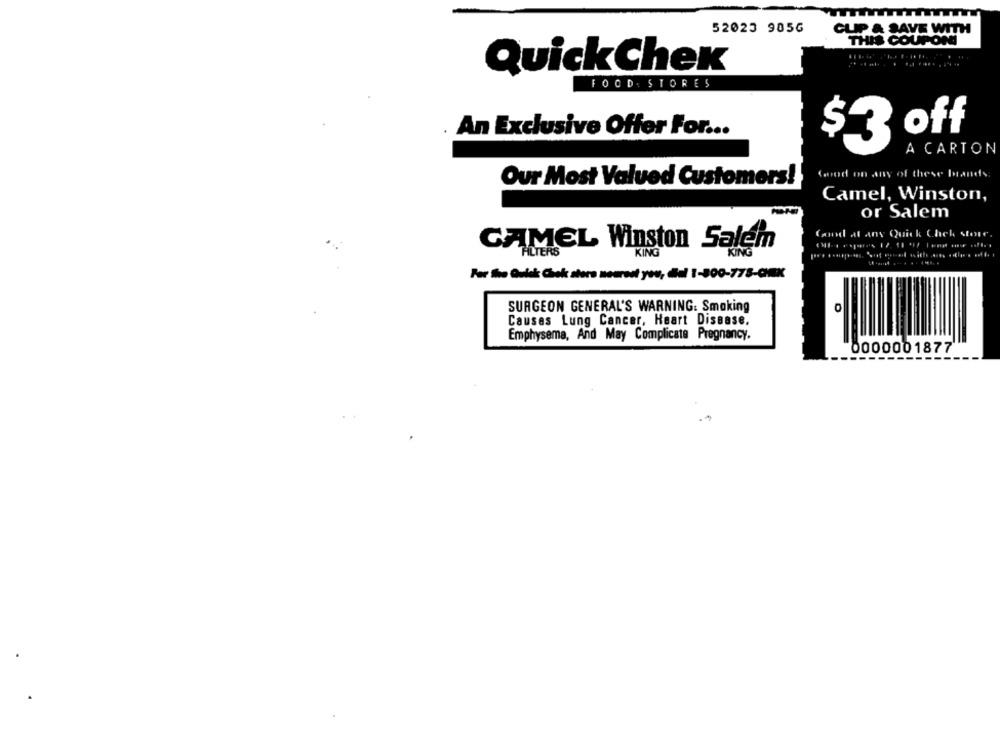
52023 9056
CLIP & SAVE WITH
THIS COUPON
QuickChex
FOOD. STORES
An Exclusive Offer For ...
$3 off
A CARTON
Good on any of these brands
Our Most Valued Customers!
Camel, Winston,
or Salem
Good at any Quick Chek storr.
CAMEL Winston Salem
KING
For Shao Qulek: Chek sters nearest you, del 1-800-778-CHEX
SURGEON GENERAL'S WARNING: Smoking
Causes Lung Cancer, Heart Disease.
Emphysema, And May Complicate Pregnancy.
0000001877
--------